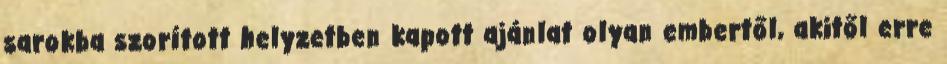
sarokba szorított helyzetben kapott ajánlat olyan embertől, akitől erre